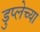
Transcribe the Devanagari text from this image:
डुप्लेच्या